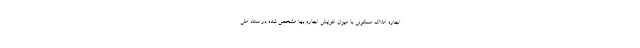
اجاره املاک مسکونی با میزان افزایش اجاره­ بها مشخص شده در ستاد ملی